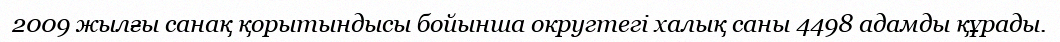
2009 жылғы санақ қорытындысы бойынша округтегі халық саны 4498 адамды құрады.